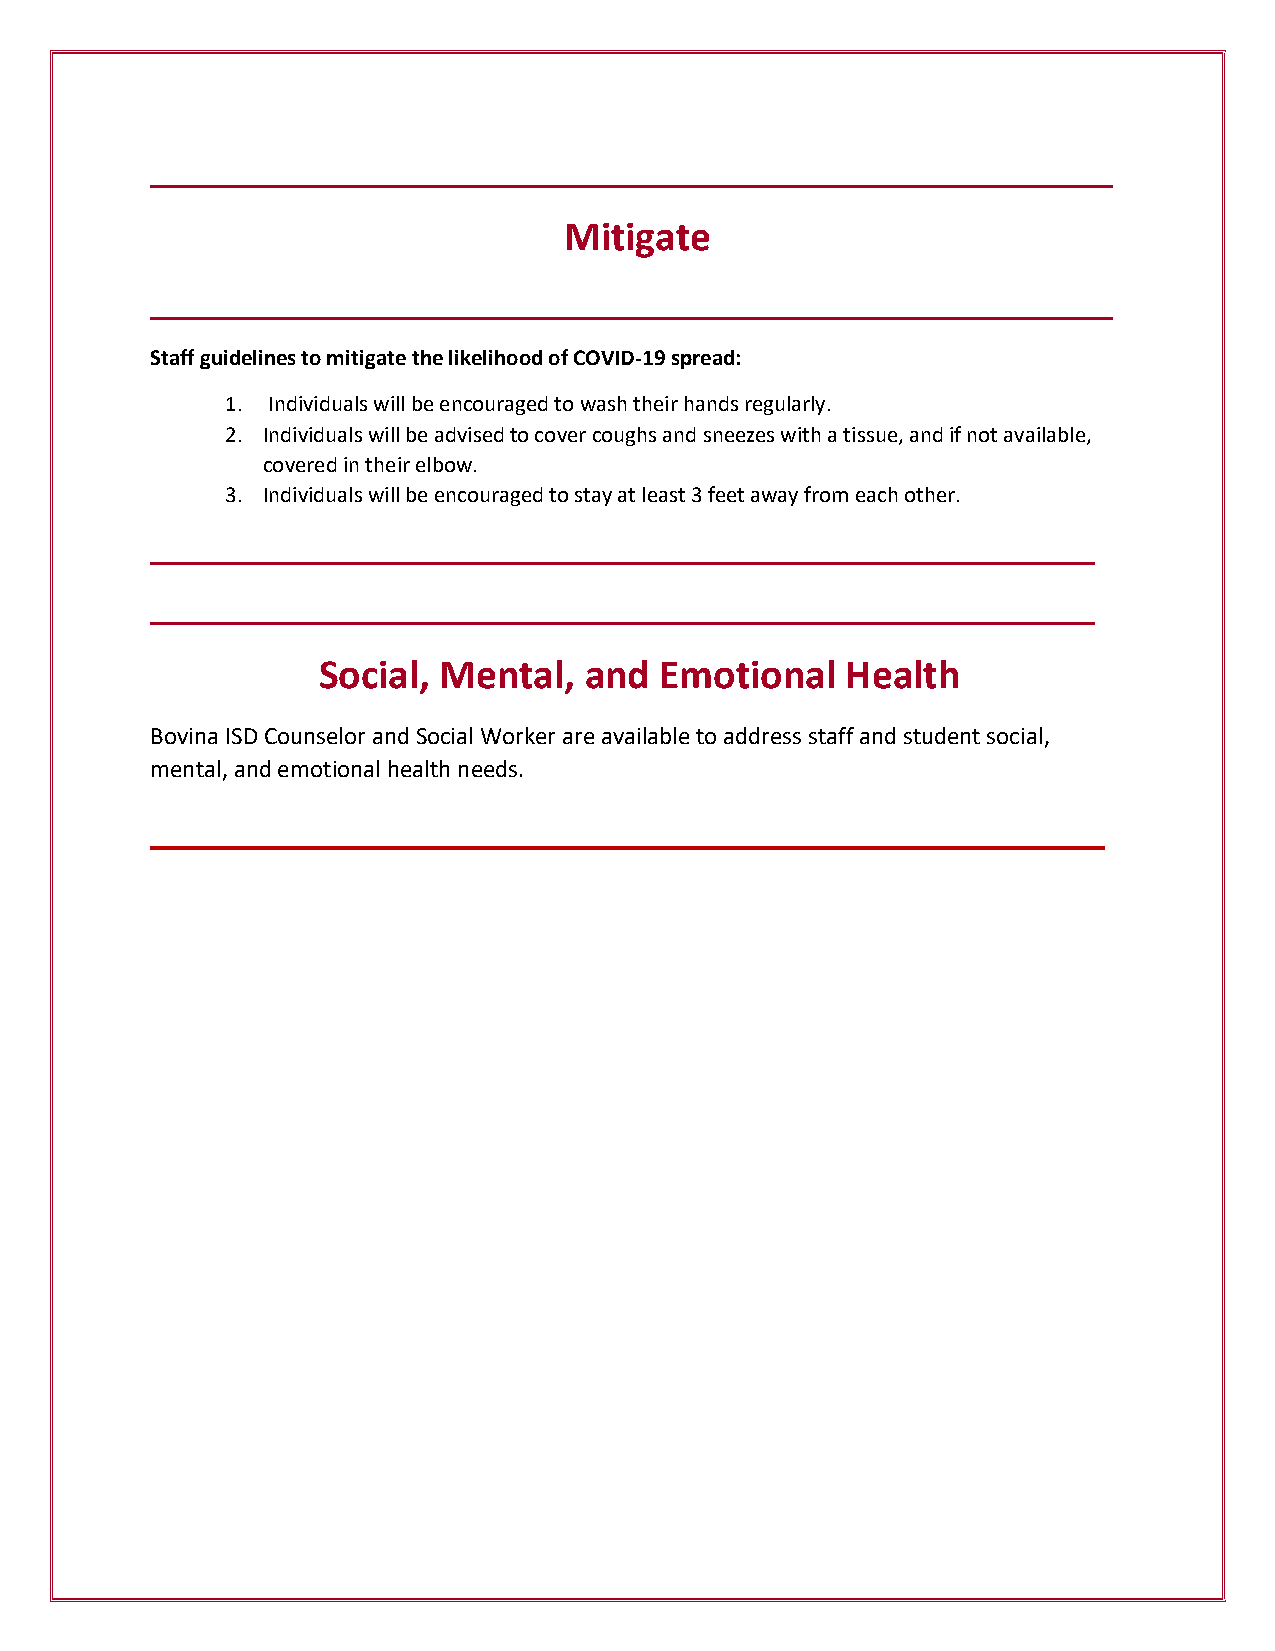
__________________________________________________________
 Mitigate
 __________________________________________________________
 Staff guidelines to mitigate the likelihood of COVID-19 spread:
 1. Individuals will be encouraged to wash their hands regularly.
 2. Individuals will be advised to cover coughs and sneezes with a tissue, and if not available,
 covered in their elbow.
 3. Individuals will be encouraged to stay at least 3 feet away from each other.
 _________________________________________________________
 _________________________________________________________
 Social, Mental,   and  Emotional   Health
 Bovina ISD Counselor and Social Worker are available to address staff and student social,
 mental, and emotional health needs.
 ______________________________________________